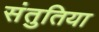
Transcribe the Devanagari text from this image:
संतुतिया